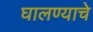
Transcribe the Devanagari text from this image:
घालण्‍याचे